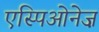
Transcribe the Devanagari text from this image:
एस्पिओनेज़